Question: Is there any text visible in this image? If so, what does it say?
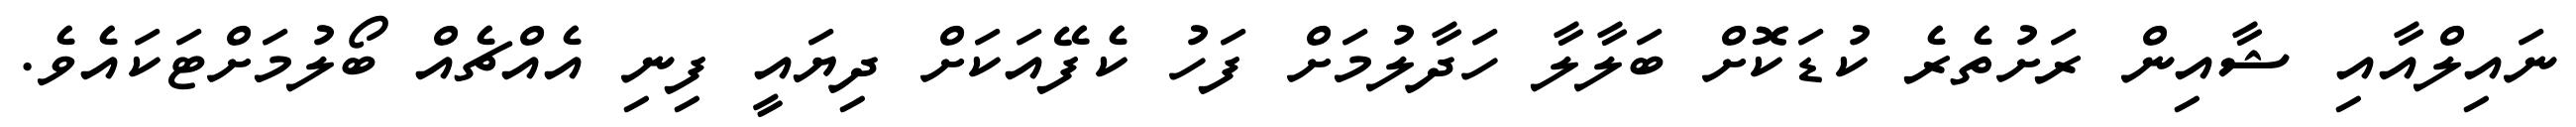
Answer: ނައިލްއާއި ޝާއިން ރަށުތެރެ ކުޑަކޮށް ބަލާލާ ހަދާލުމަށް ފަހު ކެފޭއަކަށް ދިޔައީ ފިނި އެއްޗެއް ބޯލުމަށްޓަކައެވެ.